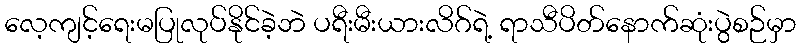
လေ့ကျင့်ရေးမပြုလုပ်နိုင်ခဲ့ဘဲ ပရီးမီးယားလိဂ်ရဲ့ ရာသီပိတ်နောက်ဆုံးပွဲစဉ်မှာ